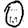
Digit: 0